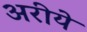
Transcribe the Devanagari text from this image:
अरीये